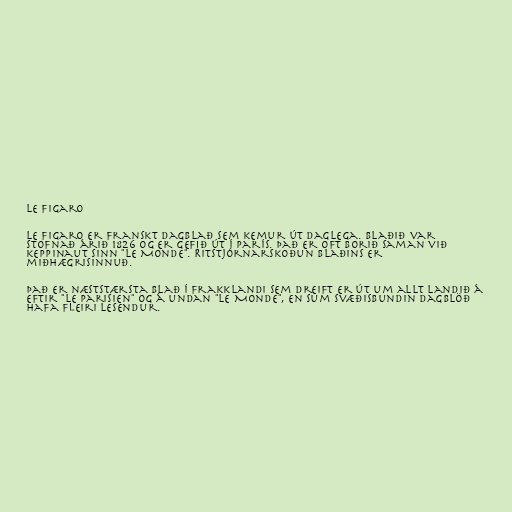
Le Figaro

Le Figaro er franskt dagblað sem kemur út daglega. Blaðið var
stofnað árið 1826 og er gefið út í París. Það er oft borið saman við
keppinaut sinn "Le Monde". Ritstjórnarskoðun blaðins er
miðhægrisinnuð.

Það er næststærsta blað í Frakklandi sem dreift er út um allt landið á
eftir "Le Parisien" og á undan "Le Monde", en sum svæðisbundin dagblöð
hafa fleiri lesendur.